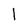
Character: 1